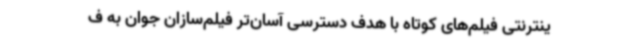
ینترنتی فیلم‌های کوتاه با هدف دسترسی آسان‌تر فیلم‌سازان جوان به ف